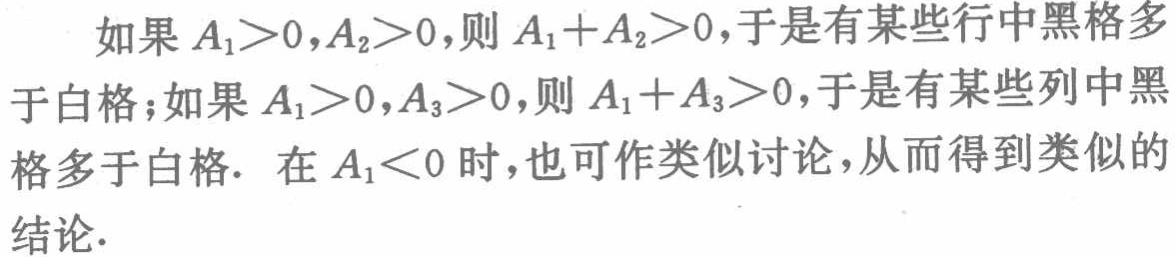
如果 \(A_{1}>0,A_{2}>0\)，则 \(A_{1}+A_{2}>0\)，于是有某些行中黑格多于白格；如果 \(A_{1}>0,A_{3}>0\)，则 \(A_{1}+A_{3}>0\)，于是有某些列中黑格多于白格. 在 \(A_{1}<0\) 时，也可作类似讨论，从而得到类似的结论.